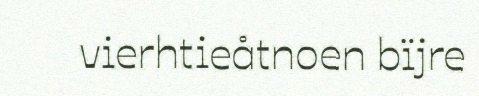
vierhtieåtnoen bïjre